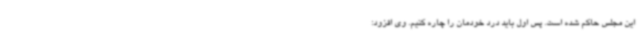
این مجلس حاکم شده است. پس اول باید درد خودمان را چاره کنیم. وی افزود: